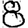
Digit: 8